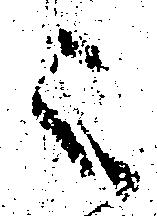
之